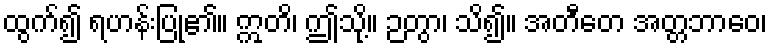
ထွက်၍ ရဟန်းပြု၏။ ဣတိ၊ ဤသို့။ ဉတွာ၊ သိ၍။ အတီတေ အတ္တဘာဝေ၊